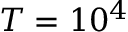
T = 1 0 ^ { 4 }